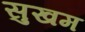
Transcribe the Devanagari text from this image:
सुखम